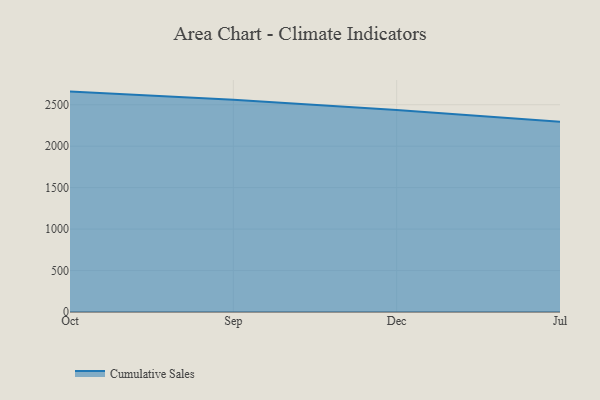
{"axis": {"x": "Month", "y": "Revenue (USD Million)"}, "legend": ["Cumulative Sales"], "data": [{"x": "Oct", "y": 2658.3, "type": "Cumulative Sales"}, {"x": "Sep", "y": 2559.1, "type": "Cumulative Sales"}, {"x": "Dec", "y": 2435.4, "type": "Cumulative Sales"}, {"x": "Jul", "y": 2295.7, "type": "Cumulative Sales"}]}